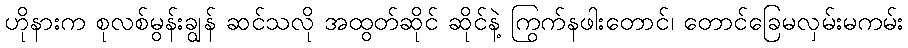
ဟိုနားက စုလစ်မွန်းချွန် ဆင်သလို အထွတ်ဆိုင် ဆိုင်နဲ့ ကြွက်နဖါးတောင်၊ တောင်ခြေမလှမ်းမကမ်း